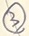
Text: 3